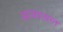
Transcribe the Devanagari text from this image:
आजारग्रस्त